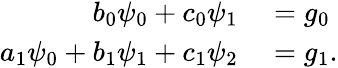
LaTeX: \begin{array}{rl}{b_{0}\psi_{0}+c_{0}\psi_{1}}&{{}=g_{0}}\\ {a_{1}\psi_{0}+b_{1}\psi_{1}+c_{1}\psi_{2}}&{{}=g_{1}.}\end{array}